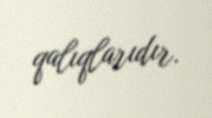
qalıqlarıdır.